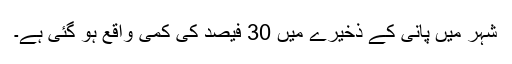
شہر میں پانی کے ذخیرے میں 30 فیصد کی کمی واقع ہو گئی ہے۔